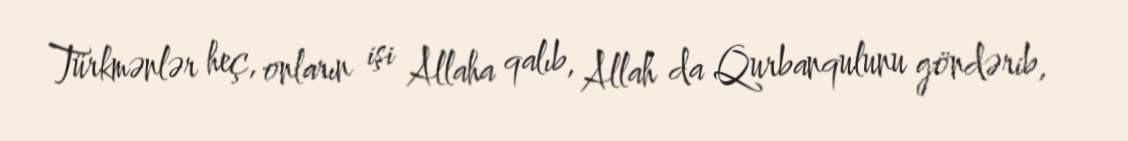
Türkmənlər heç, onların işi Allaha qalıb, Allah da Qurbanqulunu göndərib,